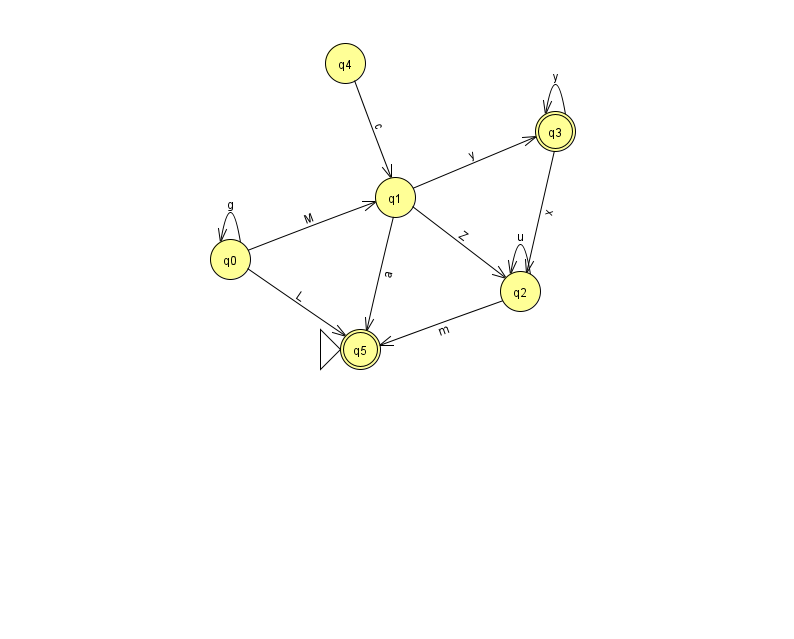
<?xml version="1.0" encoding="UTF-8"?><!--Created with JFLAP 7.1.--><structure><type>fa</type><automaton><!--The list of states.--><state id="0" name="q0"><x>230.0</x><y>246.0</y></state><state id="1" name="q1"><x>395.0</x><y>184.0</y></state><state id="2" name="q2"><x>520.0</x><y>278.0</y></state><state id="3" name="q3"><x>555.0</x><y>118.0</y><final/></state><state id="4" name="q4"><x>345.0</x><y>50.0</y></state><state id="5" name="q5"><x>360.0</x><y>336.0</y><initial/><final/></state><!--The list of transitions.--><transition><from>3</from><to>2</to><read>x</read></transition><transition><from>4</from><to>1</to><read>c</read></transition><transition><from>2</from><to>2</to><read>u</read></transition><transition><from>1</from><to>2</to><read>Z</read></transition><transition><from>0</from><to>0</to><read>g</read></transition><transition><from>0</from><to>1</to><read>M</read></transition><transition><from>3</from><to>3</to><read>y</read></transition><transition><from>1</from><to>5</to><read>a</read></transition><transition><from>2</from><to>5</to><read>m</read></transition><transition><from>0</from><to>5</to><read>L</read></transition><transition><from>1</from><to>3</to><read>y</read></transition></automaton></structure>